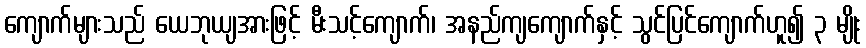
ကျောက်များသည် ယေဘုယျအားဖြင့် မီးသင့်ကျောက်၊ အနည်ကျကျောက်နှင့် သွင်ပြင်ကျောက်ဟူ၍ ၃ မျိုး